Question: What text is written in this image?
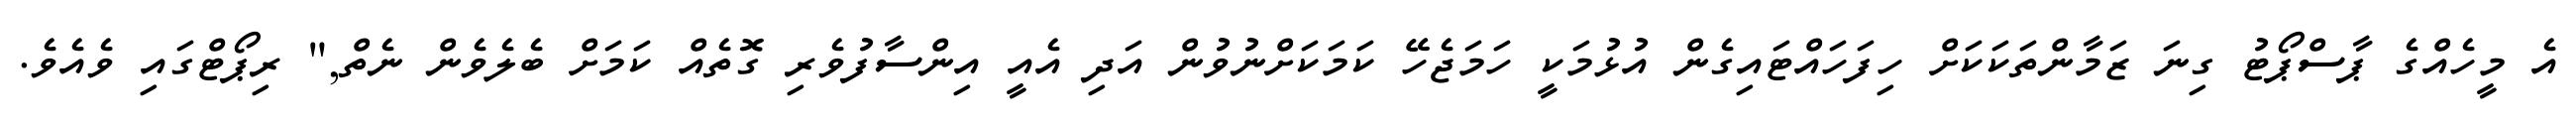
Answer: އެ މީހެއްގެ ޕާސްޕޯޓު ގިނަ ޒަމާންތަކަކަށް ހިފަހައްޓައިގެން އުޅުމަކީ ހަމަޖެހޭ ކަމަކަށްނުވުން އަދި އެއީ އިންސާފުވެރި ގޮތެއް ކަމަށް ބެލެވެން ނެތް," ރިޕޯޓްގައި ވެއެވެ.